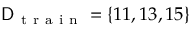
\mathsf { D } _ { \mathrm { ~ t ~ r ~ a ~ i ~ n ~ } } = \{ 1 1 , 1 3 , 1 5 \}